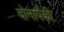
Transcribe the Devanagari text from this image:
दोनापैकी